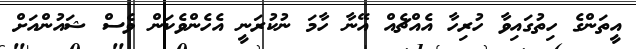
އީތަންގެ ހިތުގައިވާ ހުރިހާ އެއްޗެއް އޭނާ ހާމަ ނުކުރަނީ އެހެންވެކަން ވެސް ޝައުންއަށް